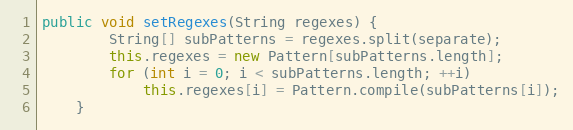
Language: Java
public void setRegexes(String regexes) {
        String[] subPatterns = regexes.split(separate);
        this.regexes = new Pattern[subPatterns.length];
        for (int i = 0; i < subPatterns.length; ++i)
            this.regexes[i] = Pattern.compile(subPatterns[i]);
    }